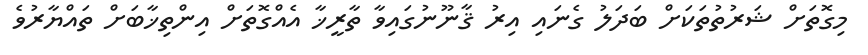
މިގޮތަށް ޝަރުތުތަކަށް ބަދަލު ގެނައި އިރު ޤާނޫނުގައިވާ ތާރީޚާ އެއްގޮތަށް އިންތިޚާބަށް ތައްޔާރުވެ